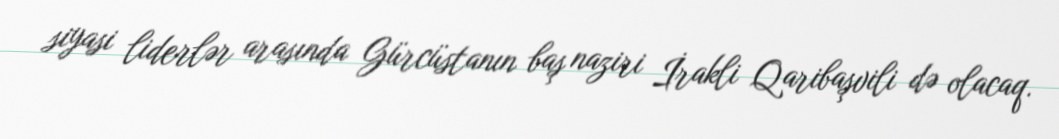
siyasi liderlər arasında Gürcüstanın baş naziri İrakli Qaribaşvili də olacaq.